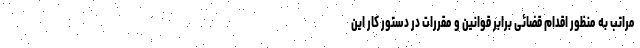
مراتب به منظور اقدام قضائی برابر قوانین و مقررات در دستور کار این